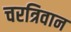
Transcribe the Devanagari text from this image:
चरत्रिवान